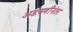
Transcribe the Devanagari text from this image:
अडचणींनंतर